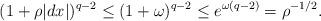
LaTeX: \begin{align*} (1 + \rho |d x|)^{q-2} \leq (1 + \omega)^{q-2} \leq e^{\omega (q - 2)} = \rho^{-1/2}. \end{align*}